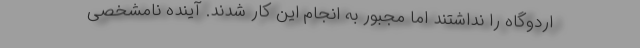
اردوگاه را نداشتند اما مجبور به انجام این کار شدند. آینده نامشخصی